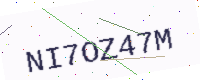
Text: NI7OZ47M